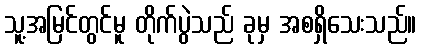
သူ့အမြင်တွင်မူ တိုက်ပွဲသည် ခုမှ အစရှိသေးသည်။